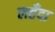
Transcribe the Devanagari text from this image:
लहँदा